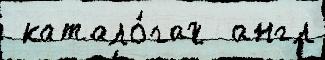
 катало́гах  англ